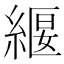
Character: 𮈧